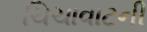
ચિચાવાટની